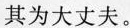
其为大丈夫。